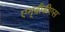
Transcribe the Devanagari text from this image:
एम्‌बीबीएस